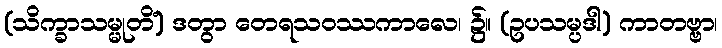
(သိက္ခာသမ္မုတိံ) ဒတွာ တေရသဝဿကာလေ၊ ၌။ (ဥပသမ္ပဒါ) ကာတဗ္ဗာ၊